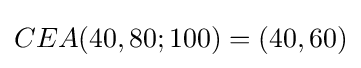
CEA(40,80;100)=(40,60)